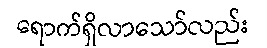
ရောက်ရှိလာသော်လည်း